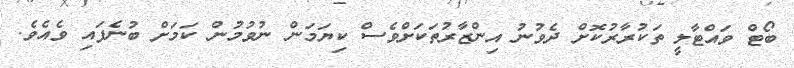
ބޯޓް ވައްޓާލީ ތަކުރާރުކޮށް ދެވުނު އިންޒާރުތަކަށްވެސް ކިޔަމަން ނުވުމުން ކަމަށް ބުނެފައި ވެއެވެ.